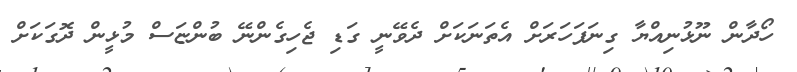
ހޯދާން ނޫޅުނިއްޔާ ގިނަފަހަރަށް އެތަނަކަށް ދެވޭނީ ގަޑި ޖެހިގެންނޭ ބުންޏަސް މުޅީން ދޮގަކަށް